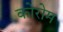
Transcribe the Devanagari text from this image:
कोरोम